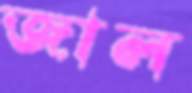
জাল